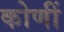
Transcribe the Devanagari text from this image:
कोणीं